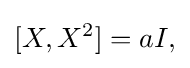
\displaystyle {[X,X^{2}]=aI,}